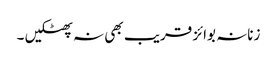
زنانہ بوائز قریب بھی نہ پھٹکیں ۔